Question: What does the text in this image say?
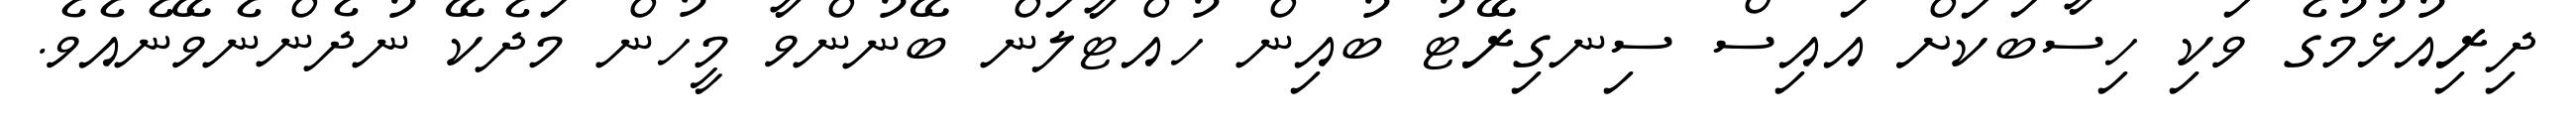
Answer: ދިރިއުޅުމުގެ ވަކި ހިސާބަކަށް އައިސް ސިނގިރޭޓު ބުއިން ހުއްޓާލަން ބޭނުންވާ މީހުން މަދެކޭ ނުދެންނެވޭނެއެވެ.